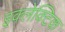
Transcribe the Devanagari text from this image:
इक्लेक्टिक